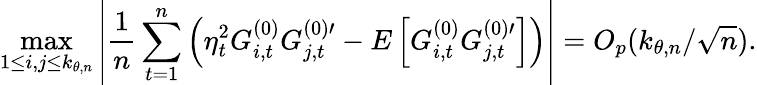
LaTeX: \operatorname*{max}_{1\leq i,j\leq k_{\theta,n}}\left\vert\frac{1}{n}\sum_{t=1}^{n}\left(\eta_{t}^{2}G_{i,t}^{(0)}G_{j,t}^{(0)\prime}-E\left[G_{i,t}^{(0)}G_{j,t}^{(0)\prime}\right]\right)\right\vert=O_{p}(k_{\theta,n}/\sqrt{n}).